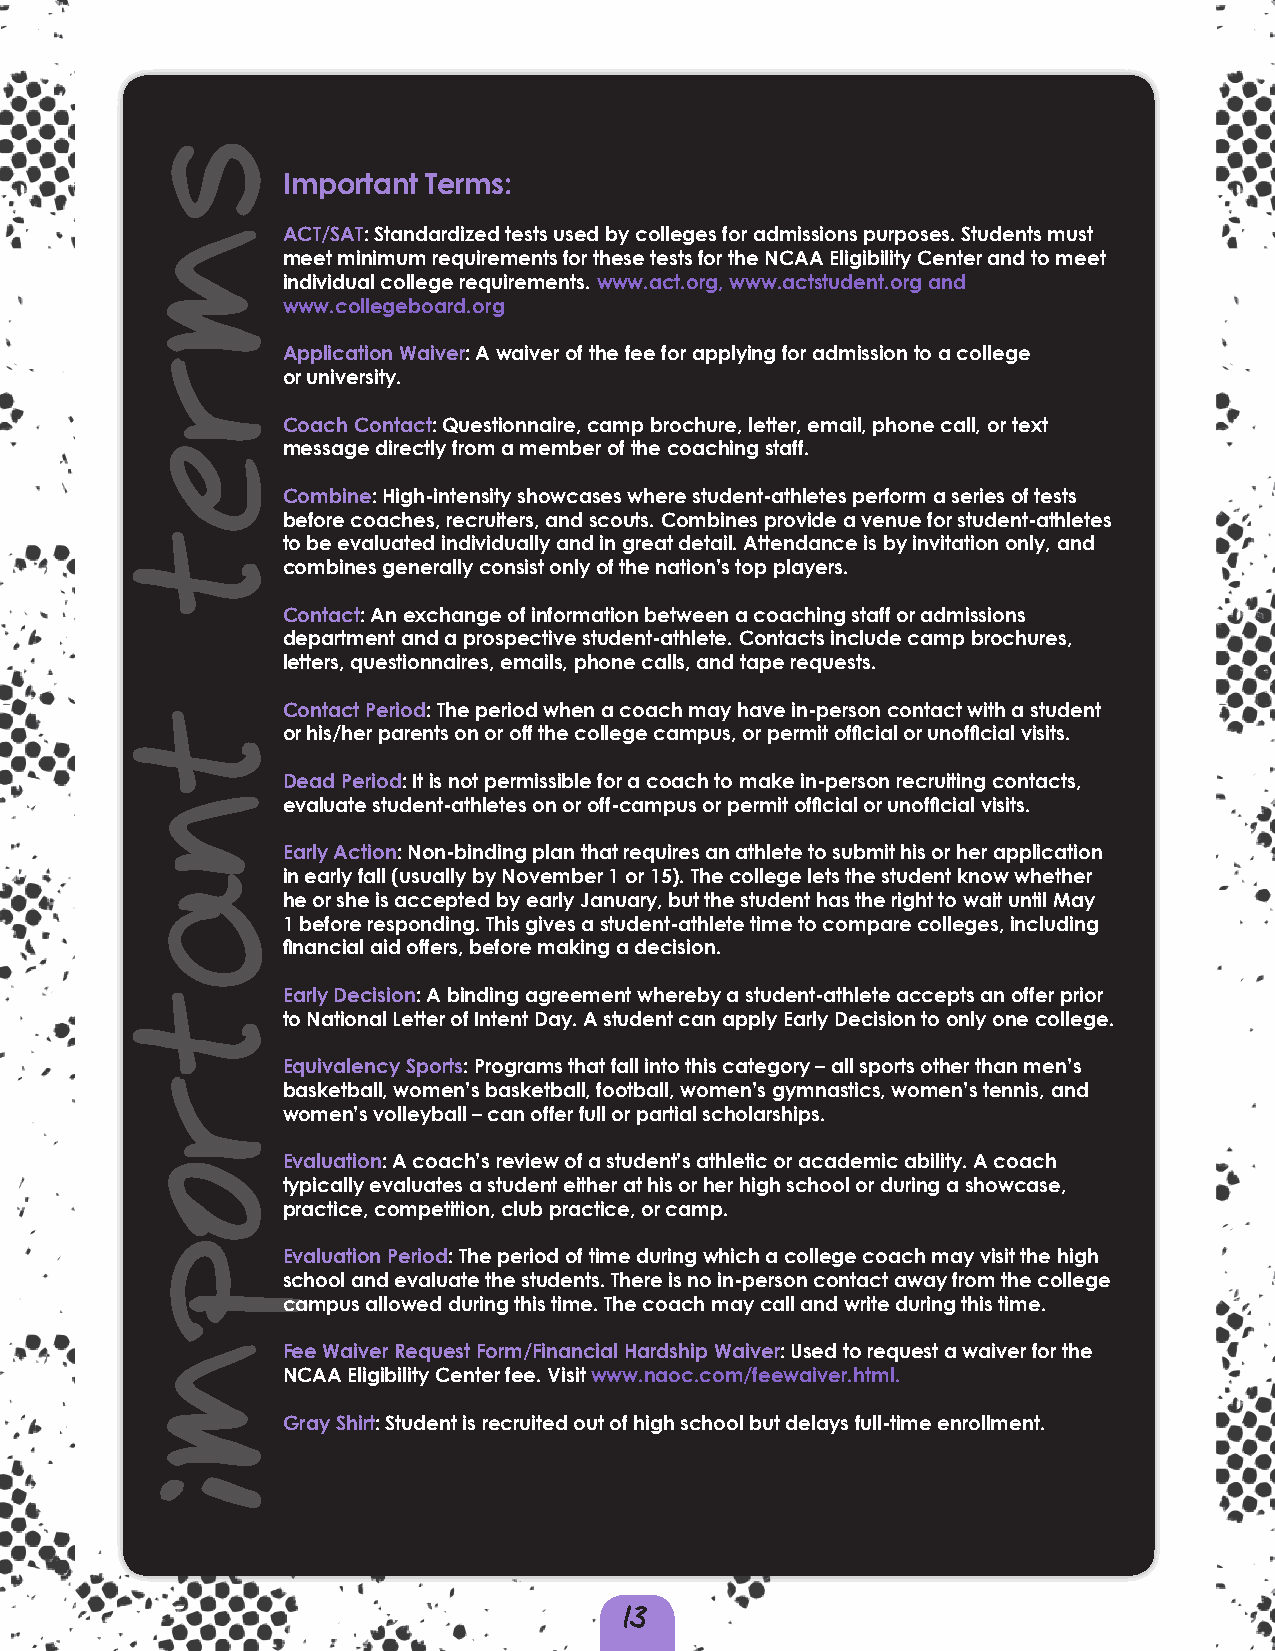
Important Terms:
 ACT/SAT: Standardized tests used by colleges for admissions purposes. Students must
 meet minimum requirements for these tests for the NCAA Eligibility Center and to meet
 individual college requirements. www.act.org, www.actstudent.org and
 www.collegeboard.org
 Application Waiver: A waiver of the fee for applying for admission to a college
 or university.
 Coach Contact: Questionnaire, camp brochure, letter, email, phone call, or text
 message directly from a member of the coaching staff.
 Combine: High-intensity showcases where student-athletes perform a series of tests
 before coaches, recruiters, and scouts. Combines provide a venue for student-athletes
 to be evaluated individually and in great detail. Attendance is by invitation only, and
 combines generally consist only of the nation’s top players.
 Contact: An exchange of information between a coaching staff or admissions
 department and a prospective student-athlete. Contacts include camp brochures,
 letters, questionnaires, emails, phone calls, and tape requests.
 Contact Period: The period when a coach may have in-person contact with a student
 or his/her parents on or off the college campus, or permit official or unofficial visits.
 Dead Period: It is not permissible for a coach to make in-person recruiting contacts,
 evaluate student-athletes on or off-campus or permit official or unofficial visits.
 Early Action: Non-binding plan that requires an athlete to submit his or her application
 in early fall (usually by November 1 or 15). The college lets the student know whether
 he or she is accepted by early January, but the student has the right to wait until May
 1 before responding. This gives a student-athlete time to compare colleges, including
 financial aid offers, before making a decision.
 Early Decision: A binding agreement whereby a student-athlete accepts an offer prior
 to National Letter of Intent Day. A student can apply Early Decision to only one college.
 Equivalency Sports: Programs that fall into this category – all sports other than men’s
 basketball, women’s basketball, football, women’s gymnastics, women’s tennis, and
 women’s volleyball – can offer full or partial scholarships.
 Evaluation: A coach’s review of a student’s athletic or academic ability. A coach
 typically evaluates a student either at his or her high school or during a showcase,
 practice, competition, club practice, or camp.
 Evaluation Period: The period of time during which a college coach may visit the high
 school and evaluate the students. There is no in-person contact away from the college
 campus allowed during this time. The coach may call and write during this time.
 Fee Waiver Request Form/Financial Hardship Waiver: Used to request a waiver for the
 NCAA Eligibility Center fee. Visit www.naoc.com/feewaiver.html.
 Gray Shirt: Student is recruited out of high school but delays full-time enrollment.
 13
 i
 smret
 tnatropm